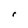
Character: r